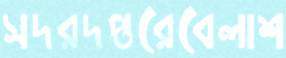
সদরদপ্তরেবেলাশ